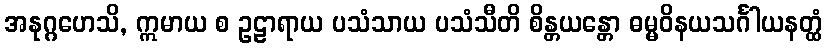
အနုဂ္ဂဟေသိ, ဣမာယ စ ဥဠာရာယ ပသံသာယ ပသံသီတိ စိန္တယန္တော ဓမ္မဝိနယသင်္ဂါယနတ္ထံ